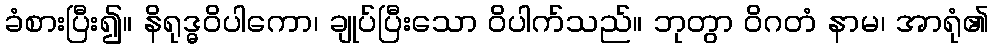
ခံစားပြီး၍။ နိရုဒ္ဓဝိပါကော၊ ချုပ်ပြီးသော ဝိပါက်သည်။ ဘုတွာ ဝိဂတံ နာမ၊ အာရုံ၏